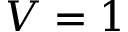
V = 1